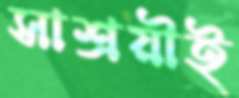
সাশ্রয়ীই